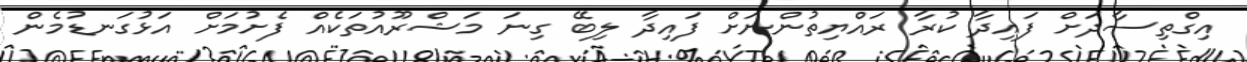
އިގްތިސާދަށް ފައިދާ ކުރާ ރައްޔިތުންނަށް ފައިދާ ލިބޭ ގިނަ މަޝްރޫއުތަކެއް ފެށުމަށް އަޅުގަނޑުމެން